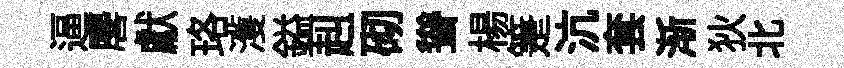
逼麐獻珞濩鎰赳砌聳楊箑沆套渐狄北